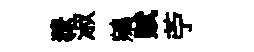
獠淑鵷赋苧